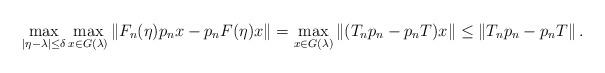
LaTeX: \begin{align*}\max_{|\eta-\lambda| \le \delta}\max_{x \in G(\lambda)} \| F_n(\eta)p_n x - p_n F(\eta) x\| = \max_{x \in G(\lambda)} \left\| (T_np_n -p_nT)x \right \| \le \left\| T_np_n -p_nT \right \|.\end{align*}